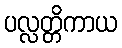
ပလ္လတ္တိကာယ